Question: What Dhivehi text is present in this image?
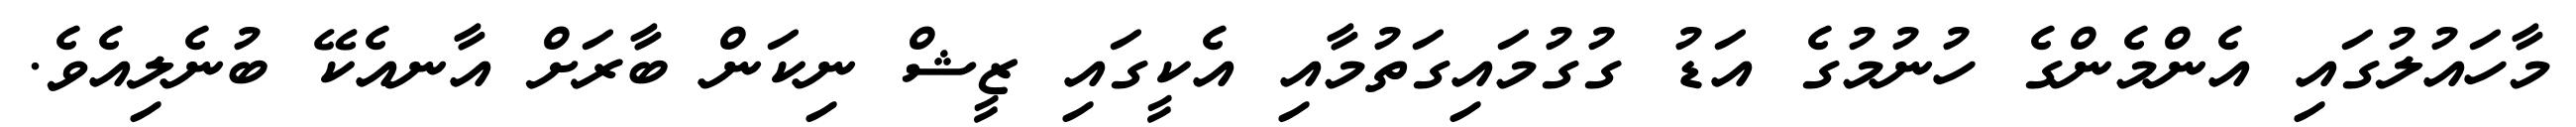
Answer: މާހައުލުގައި އެންމެންގެ ހުނުމުގެ އަޑު ގުގުމައިގަތުމާއި އެކީގައި ޒީޝް ނިކަން ބާރަށް އާނއެކޭ ބުނެލިއެވެ.